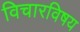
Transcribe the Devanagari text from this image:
विचारविषय